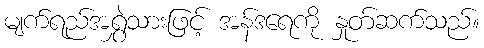
မျက်ရည်အရွှဲသားဖြင့် အန်ဒရေကို နှုတ်ဆက်သည်။